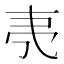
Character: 𬻒